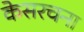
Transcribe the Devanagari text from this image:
केसरचना